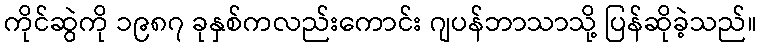
ကိုင်ဆွဲကို ၁၉၈၇ ခုနှစ်ကလည်းကောင်း ဂျပန်ဘာသာသို့ ပြန်ဆိုခဲ့သည်။